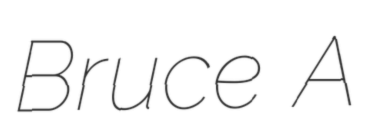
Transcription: Bruce A